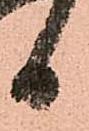
日